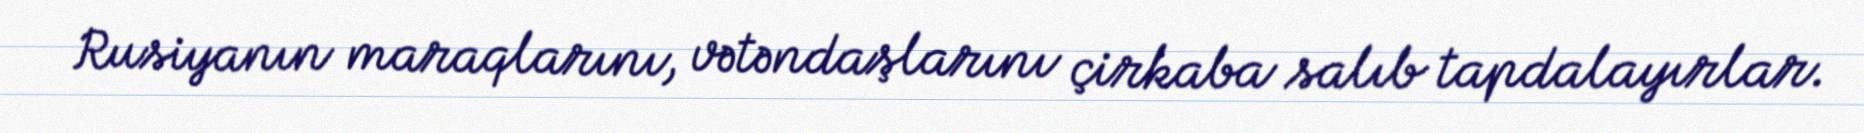
Rusiyanın maraqlarını, vətəndaşlarını çirkaba salıb tapdalayırlar.